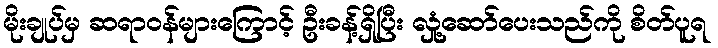
မိုးချုပ်မှ ဆရာဝန်များကြောင့် ဦးခန့်ရှိပြီး လှုံ့ဆော်ပေးသည်ကို စိတ်ပူရ